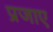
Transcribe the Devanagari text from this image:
प्रजाए